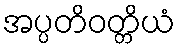
အပ္ပတိဝတ္တိယံ